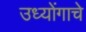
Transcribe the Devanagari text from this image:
उध्योंगाचे